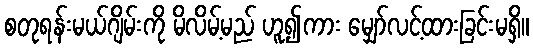
စတုရန်းမယ်ဂျိမ်းကို မိလိမ့်မည် ဟူ၍ကား မျှော်လင့်ထားခြင်းမရှိ။